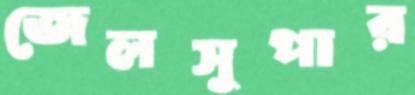
জেলসুপার